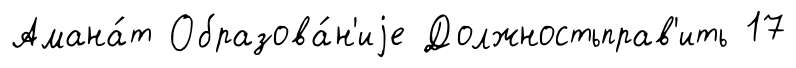
Амана́т Образова́н'иjе Должностьправ'ить 17